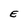
Character: E